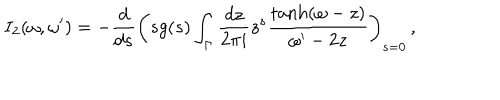
I _ { 2 } ( \omega , \omega ^ { \prime } ) = - \frac { d } { d s } \left( s g ( s ) \int _ { \Gamma } \frac { d z } { 2 \pi i } z ^ { s } \frac { \tanh ( \omega - z ) } { \omega ^ { \prime } - 2 z } \right) _ { s = 0 } \, ,